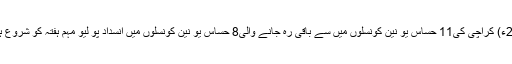
2015ء) کراچی کی11 حساس یو نین کونسلوں میں سے باقی رہ جانے والی8 حساس یو نین کونسلوں میں انسداد پو لیو مہم ہفتہ کو شروع ہوگئی۔